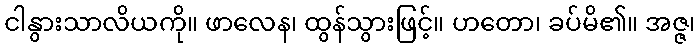
ငါနွားသာလိယကို။ ဖာလေန၊ ထွန်သွားဖြင့်။ ဟတော၊ ခပ်မိ၏။ အဇ္ဇ၊